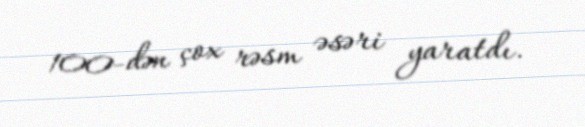
100-dən çox rəsm əsəri yaratdı.